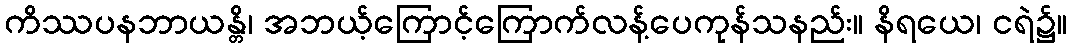
ကိဿပနဘာယန္တိ၊ အဘယ့်ကြောင့်ကြောက်လန့်ပေကုန်သနည်း။ နိရယေ၊ ငရဲ၌။